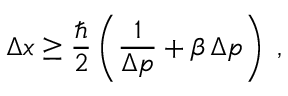
\Delta x \ge \frac { \hbar } { 2 } \left( \frac { 1 } { \Delta p } + \beta \, \Delta p \right) \; ,